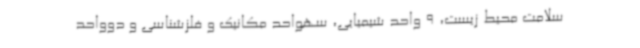
سلامت محیط زیست، 9 واحد شیمیایی، سهواحد مکانیک و فلزشناسی و دوواحد